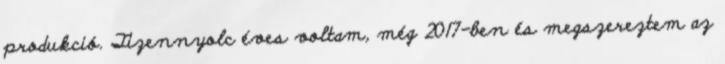
produkció. Tizennyolc éves voltam, még 2017-ben és megszereztem az